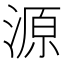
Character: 源